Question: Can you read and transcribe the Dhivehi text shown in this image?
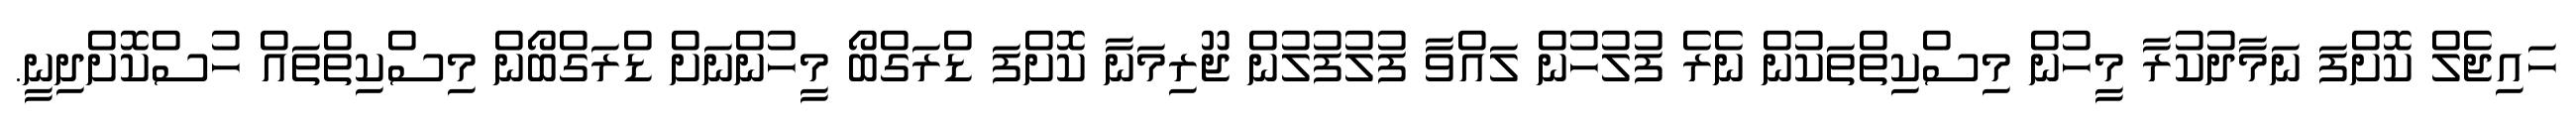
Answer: ހައިޖެލް ކޮށްފަ ނަމާދުކުރާ މީހުން މިސްކިތްތަކުން ނެރެ ފުލުހުން ލައްވާ ފުލުފުލުން ޖޫރިމަނާ ކޮށްފަ ޑްރަގްބޯ މީހުންނަށް ޑްރަގްބޯން މިސްކިތްތައް ހުސްކޮށްދިނީ.